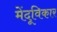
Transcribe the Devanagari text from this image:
मेंदूविकार